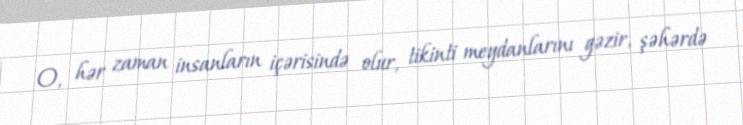
O, hər zaman insanların içərisində olur, tikinti meydanlarını gəzir, şəhərdə